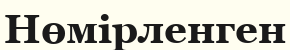
Нөмірленген